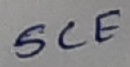
Text: SCE